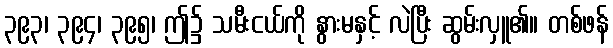
၃၉၃၊ ၃၉၄၊ ၃၉၅၊ ဤ၌ သမီးငယ်ကို နွားမနှင့် လဲပြီး ဆွမ်းလှူ၏။ တစ်ဖန်